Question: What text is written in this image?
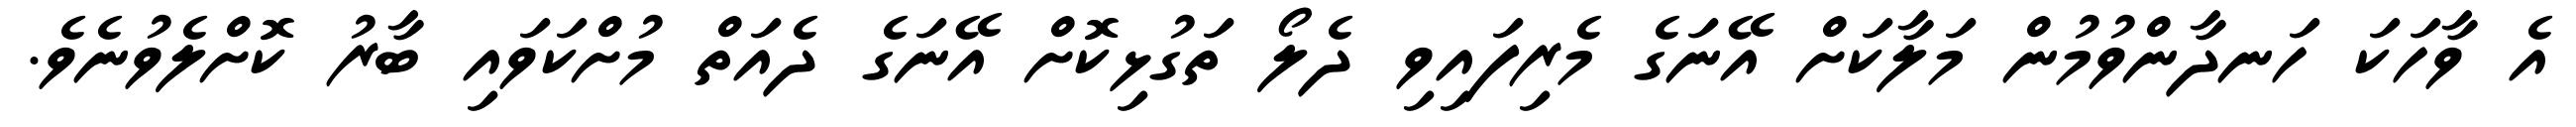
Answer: އެ ވާހަކަ ހަނދާންވުމުން މަލާކަށް އޭނަގެ މެރިފައިވި ދެލޯ ތަގުޅިކޮށް އޭނަގެ ދެއަތް މުށްކަވައި ބާރު ކޮށްލެވުނެވެ.